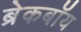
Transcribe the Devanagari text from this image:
ब्रेकबॉय